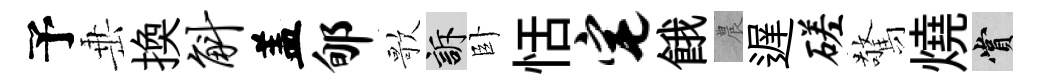
予𡸁換斛盖郇歌訴卧恬宅餓農遅磋驚燒賞